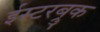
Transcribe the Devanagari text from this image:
ईस्टरब्रुक